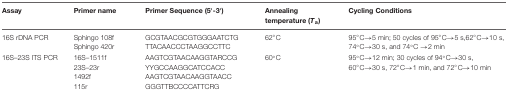
| Assay | Primer name | Primer Sequence (5′-3′) | Annealing temperature (Ta) | Cycling Conditions |
 | --- | --- | --- | --- | --- |
 | 16S rDNA PCR | Sphingo 108f | GCGTAACGCGTGGGAATCTG | 62° C | 95° C→5 min; 50 cycles of 95°C→5 s,62°C→10 s, |
 |  | Sphingo 420r | TTACAACCCTAAGGCCTTC |  | 74°C→30 s, and 74°C →2 min |
 | 16S–23S ITS PCR | 16S–1511f | AAGTCGTAACAAGGTARCCG | 60° C | 95° C→12 min; 30 cycles of 94° C→30 s, |
 |  | 23S–23r | YYGCCAAGGCATCCACC |  | 60°C→30 s, 72°C→1 min, and 72°C→10 min |
 |  | 1492f | AAGTCGTAACAAGGTAACC |  |  |
 |  | 115r | GGGTTBCCCCATTCRG |  |  |